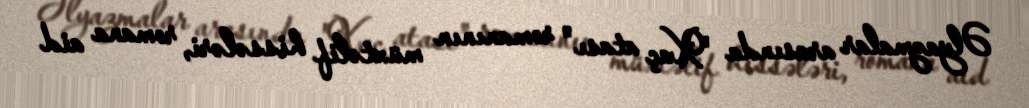
Əlyazmalar arasında "Xaç atası" romanının müxtəlif hissələri, romana aid